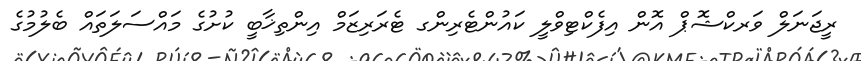
ރީޖަނަލް ވަރކްޝޮޕް އޮން އިފެކްޓިވްލީ ކައުންޓެރިންގ ޓެރަރިޒަމް އިންތިޚާބީ ކުށުގެ މައްސަލަތައް ބެލުމުގެ